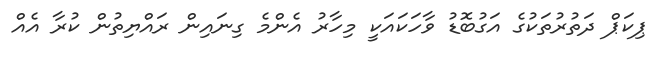
ޕިކަޕް ދަތުރުތަކުގެ އަގުބޮޑު ވާހަކައަކީ މިހާރު އެންމެ ގިނައިން ރައްޔިތުން ކުރާ އެއް